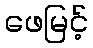
ဖေမြင့်